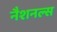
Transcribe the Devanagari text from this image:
नैशनल्स